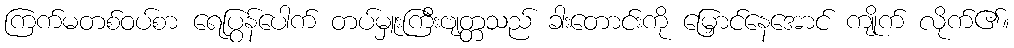
ကြက်မတစ်ဝပ်စာ ရေပြွန်ပေါက် တပ်မှူးကြီးဗျတ္တသည် ခါးတောင်းကို မြှောင်နေအောင် ကျိုက် လိုက်၏။